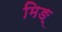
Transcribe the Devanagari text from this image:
मिङ्